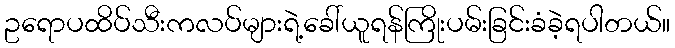
ဥရောပထိပ်သီးကလပ်များရဲ့ခေါ်ယူရန်ကြိုးပမ်းခြင်းခံခဲ့ရပါတယ်။